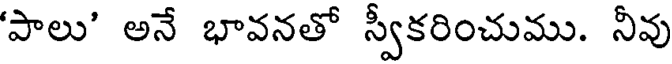
'పాలు' అనే భావనతో స్వీకరించుము. నీవు